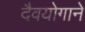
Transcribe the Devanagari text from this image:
दैवयोगाने